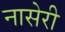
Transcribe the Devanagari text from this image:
नासेरी